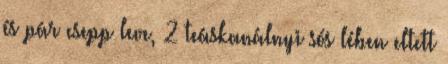
és pár csepp leve, 2 teáskanálnyi sós lében eltett